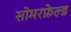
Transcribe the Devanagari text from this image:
सोमरफ़ेल्ड